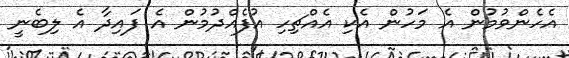
އެހެންވުމުން އެ މަހުން އެކި އެއްޗިހި އުފެއްދުމުން އެ ފައިދާ އެ ލިބެނީ